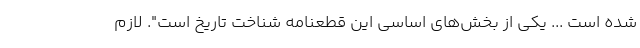
شده است ... یکی از بخش‌های اساسی این قطعنامه شناخت تاریخ است". لازم